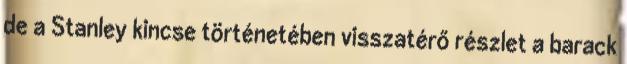
de a Stanley kincse történetében visszatérő részlet a barack